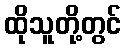
ထိုသူတို့တွင်